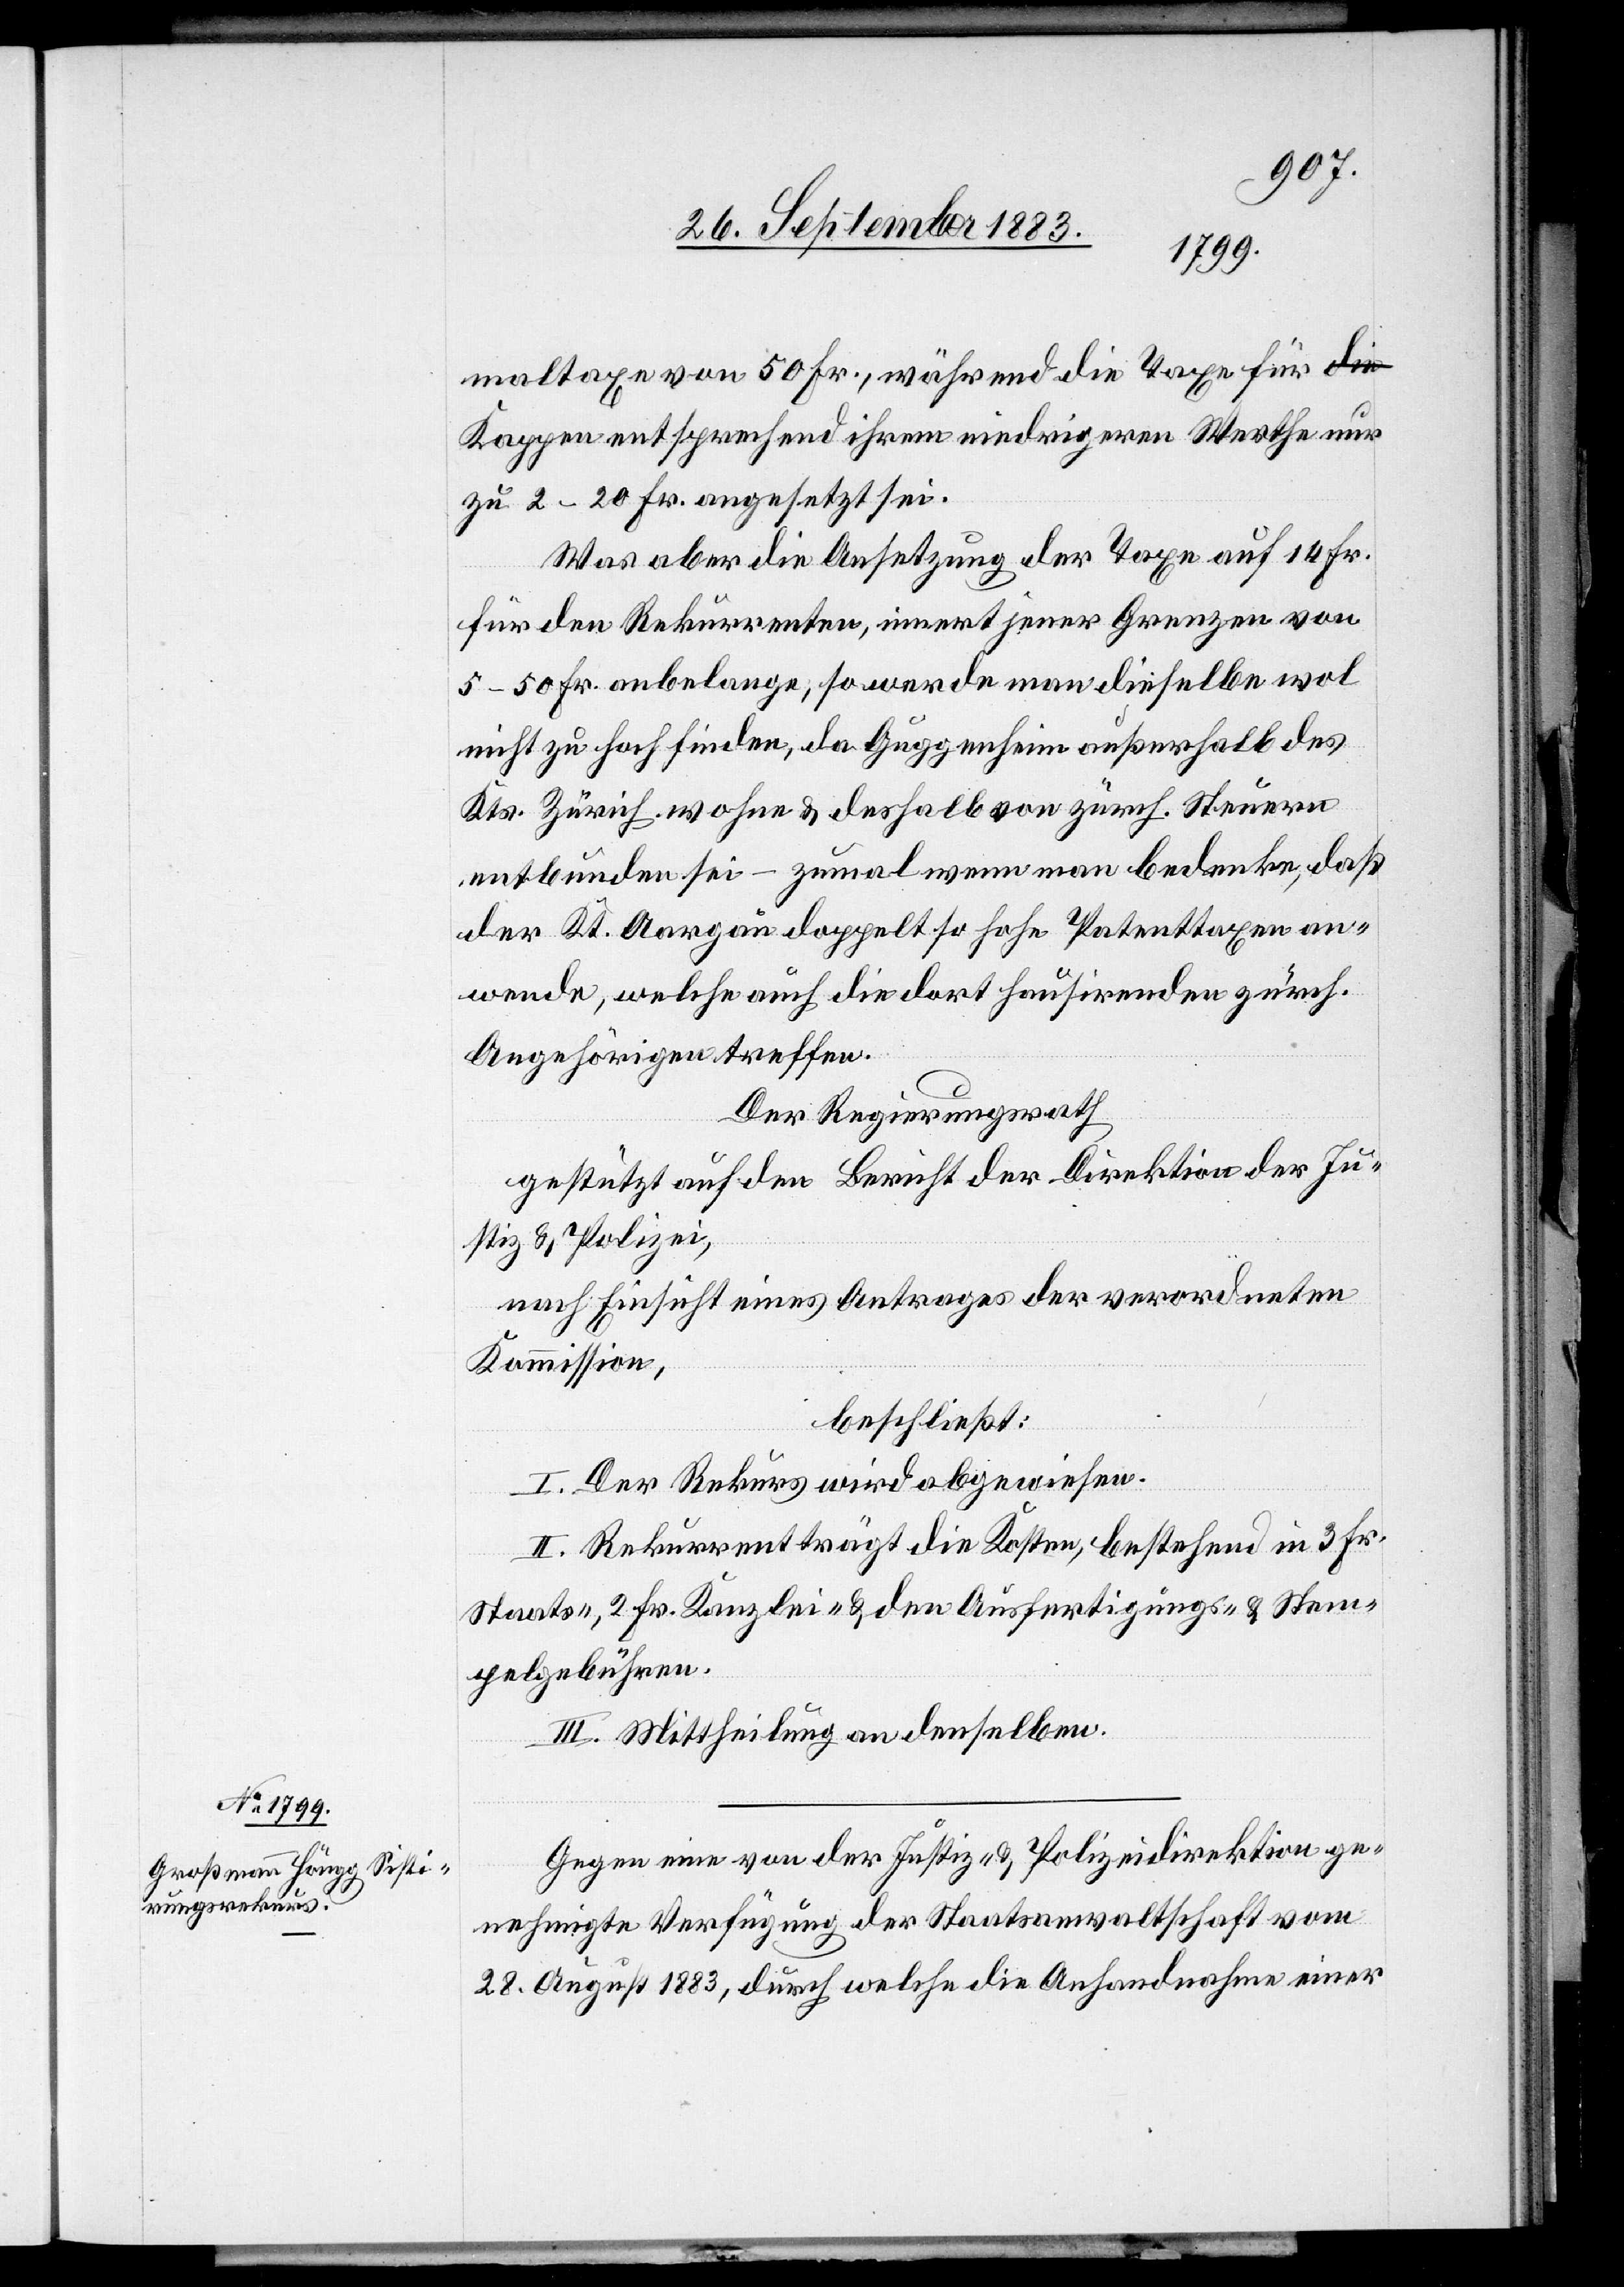
maltaxe von 50 Fr., während die Taxe für
Kappen entsprechend ihrem niedrigen Werthe nur
zu 2–20 Fr. angesetzt sei.
Was aber die Ansetzung der Taxe auf 14 Fr.
für den Rekurrenten, innert jener Grenzen von
5–50 Fr. anbelange, so werde man dieselbe wol
nicht zu hoch finden, da Guggenheim außerhalb des
Kts. Zürich wohne & deshalb von zürch. Steuern
entbunden sei – zumal wenn man bedenke, daß
der Kt. Aargau doppelt so hohe Patenttaxen an¬
wende, welche auch die dort hausirenden zürch.
Angehörigen treffe.
Der Regierungsrath,
gestützt auf den Bericht der Direktion der Ju¬
stiz & Polizei,
nach Einsicht eines Antrages der verordneten
Kommission,
beschließt:
I. Der Rekurs wird abgewiesen.
II. Rekurrent trägt die Kosten, bestehend in 3 Fr.
Staats-, 2 Fr. Kanzlei- & den Ausfertigungs- & Stem¬
pelgebühren.
III. Mittheilung an denselben.
Gegen eine von der Justiz- & Polizeidirektion ge¬
nehmigte Verfügung der Staatsanwaltschaft vom
28. August 1883, durch welche die Anhandnahme einer